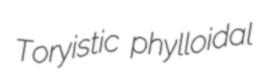
Toryistic phylloidal